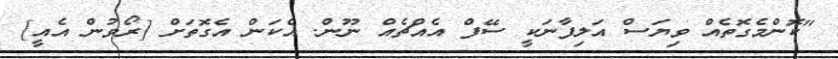
"ކޮންމެގޮތެއް ވިޔަސް އަލިފާނަކީ ސޭފް އެއްޗެއް ނޫން. އެކަން އެގޮތަށް [ރޯވުން އެއީ]